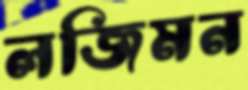
লজিমন